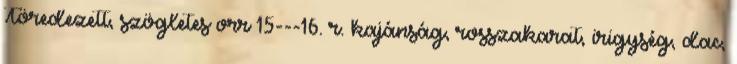
Töredezett, szögletes orr 15---16. r. kajánság, rosszakarat, irigység, dac,